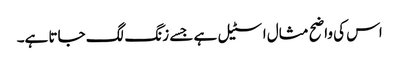
اس کی واضح مثال اسٹیل ہے جسے زنگ لگ جاتا ہے۔